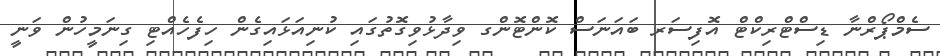
ސެމްޕޯރްނާ ޑިސްޓްރިކްޓް އޮފިސަރ ބައަނަސް ކޮންޓޮންގ ވިދާޅުވިގޮތުގައި ކުނިއަޅައިގެން ހިފެހެއްޓި ގިނަމީހުން ވަނީ